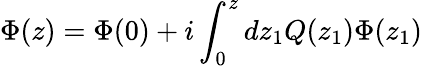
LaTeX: \Phi(z)=\Phi(0)+i\int_{0}^{z}dz_{1}Q(z_{1})\Phi(z_{1})